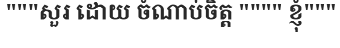
"""សួរ ដោយ ចំណាប់ចិត្ត """" ខ្ញុំ"""